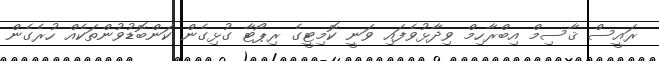
ރައީސް ޤާސިމް އިބްރާހިމް ވިދާޅުވެފައި ވަނީ ކޮމިޓީގެ ރިޕޯޓާ ގުޅިގެން ކަންބޮޑުވުންތަކެއް ހުރެގެން